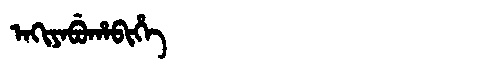
Manchu: ᠠᡴᡳᠶᠠᠪᡠᡥᠠᠪᡳᡥᡝ
Romanization: AKIYABUHABIHE